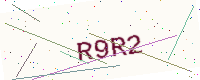
Text: R9R2